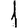
Digit: 1